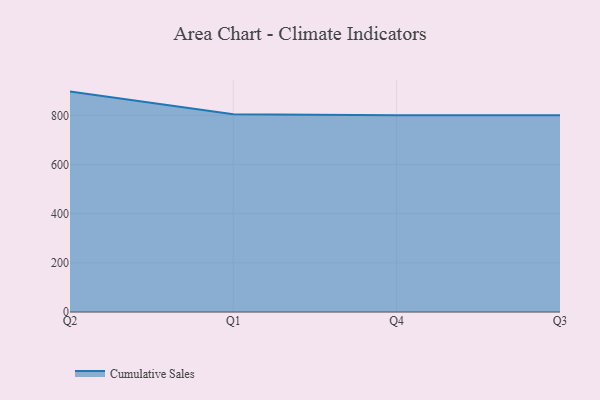
{"axis": {"x": "Quarter", "y": "Satisfaction Score"}, "legend": ["Cumulative Sales"], "data": [{"x": "Q2", "y": 896.6, "type": "Cumulative Sales"}, {"x": "Q1", "y": 804.0, "type": "Cumulative Sales"}, {"x": "Q4", "y": 800, "type": "Cumulative Sales"}, {"x": "Q3", "y": 800, "type": "Cumulative Sales"}]}